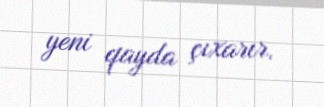
yeni qayda çıxarır.